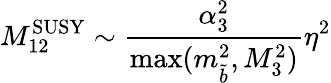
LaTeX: M_{12}^{\mathrm{SUSY}}\sim\frac{\alpha_{3}^{2}}{\operatorname*{max}(m_{\tilde{b}}^{2},M_{3}^{2})}\eta^{2}